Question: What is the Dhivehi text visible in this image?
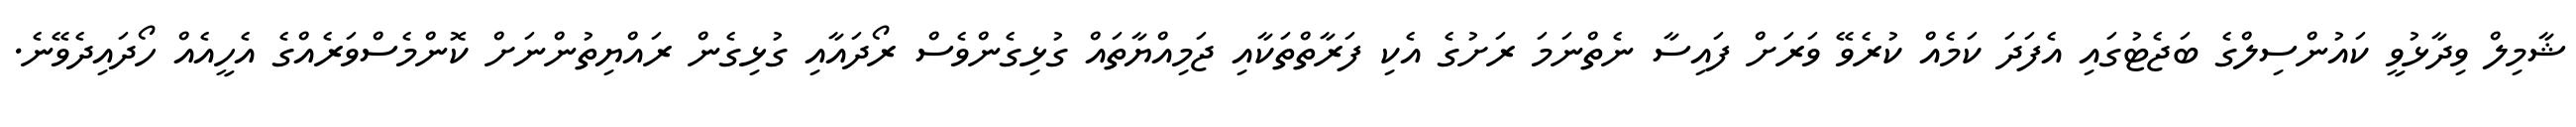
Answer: ޝާމިލް ވިދާޅުވީ ކައުންސިލްގެ ބަޖެޓުގައި އެފަދަ ކަމެއް ކުރެވޭ ވަރަށް ފައިސާ ނެތްނަމަ ރަށުގެ އެކި ފަރާތްތަކާއި ޖަމިއްޔާތައް ގުޅިގެންވެސް ރޯދައާއި ގުޅިގެން ރައްޔިތުންނަށް ކޮންމެސްވަރެއްގެ އެހީއެއް ހޯދައިދެވޭނެ.